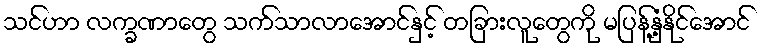
သင်ဟာ လက္ခဏာတွေ သက်သာလာအောင်နှင့် တခြားလူတွေကို မပြန့်နှံ့နိုင်အောင်